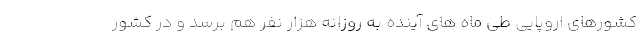
کشورهای اروپایی طی ماه های آینده به روزانه هزار نفر هم برسد و در کشور